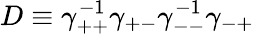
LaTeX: D\equiv\gamma_{++}^{-1}\gamma_{+-}\gamma_{--}^{-1}\gamma_{-+}